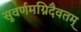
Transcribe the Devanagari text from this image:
सुवर्णमग्निदैवतम्